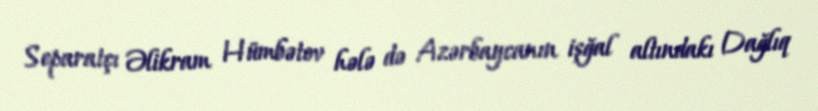
Separatçı Əlikram Hümbətov hələ də Azərbaycanın işğal altındakı Dağlıq